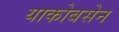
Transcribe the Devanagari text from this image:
याकोबसेन